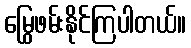
မြွေဖမ်းနိုင်ကြပါတယ်။